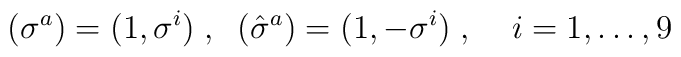
(\sigma^a)=(1,\sigma^i)\;,\;\;(\hat{\sigma}^a)=(1,-\sigma^i)\;,\;\;\;\;   i=1,\ldots,9